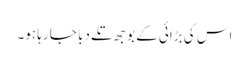
اس کی بڑائی کے بوجھ تلے دبا جا رہا ہو۔